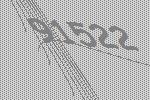
91522